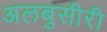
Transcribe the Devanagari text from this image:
अलबुसीरी